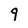
Character: 9